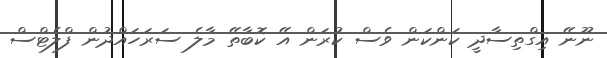
ނޫނޭ އިގްތިސާދީ ކަންކަން ވެސް ކުރަން އޭ ކޮބާތޭ މާލެ ސަރަަހައްދުން ފްލެޓްސް